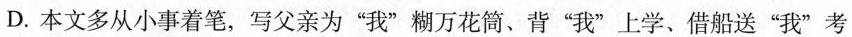
D.本文多从小事着笔，写父亲为”我”糊万花筒、背”我”上学、借船送”我”考学